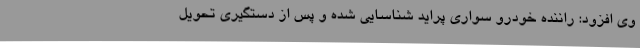
وی افزود: راننده خودرو سواری پراید شناسایی شده و پس از دستگیری تحویل